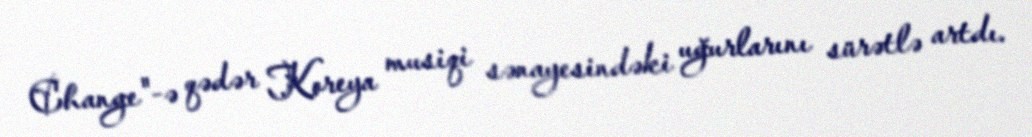
Change"-ə qədər Koreya musiqi sənayesindəki uğurlarını sürətlə artdı.